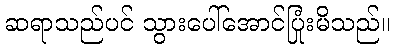
ဆရာသည်ပင် သွားပေါ်အောင်ပြုံးမိသည်။